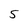
Character: 5